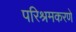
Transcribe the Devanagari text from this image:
परिश्रमकरणे